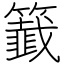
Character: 籖